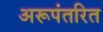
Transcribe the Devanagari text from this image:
अरूपंतरित